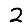
Digit: 2